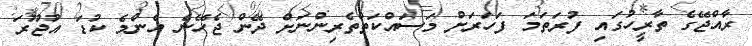
ރާއްޖޭގެ ތާރީހުގައި ފުރަތަމަ ފަހަރަށް މަސައްކަތްތެރިންނަށް ދޭން ޖެހޭނެ އެންމެ ކުޑަ އުޖޫރަ